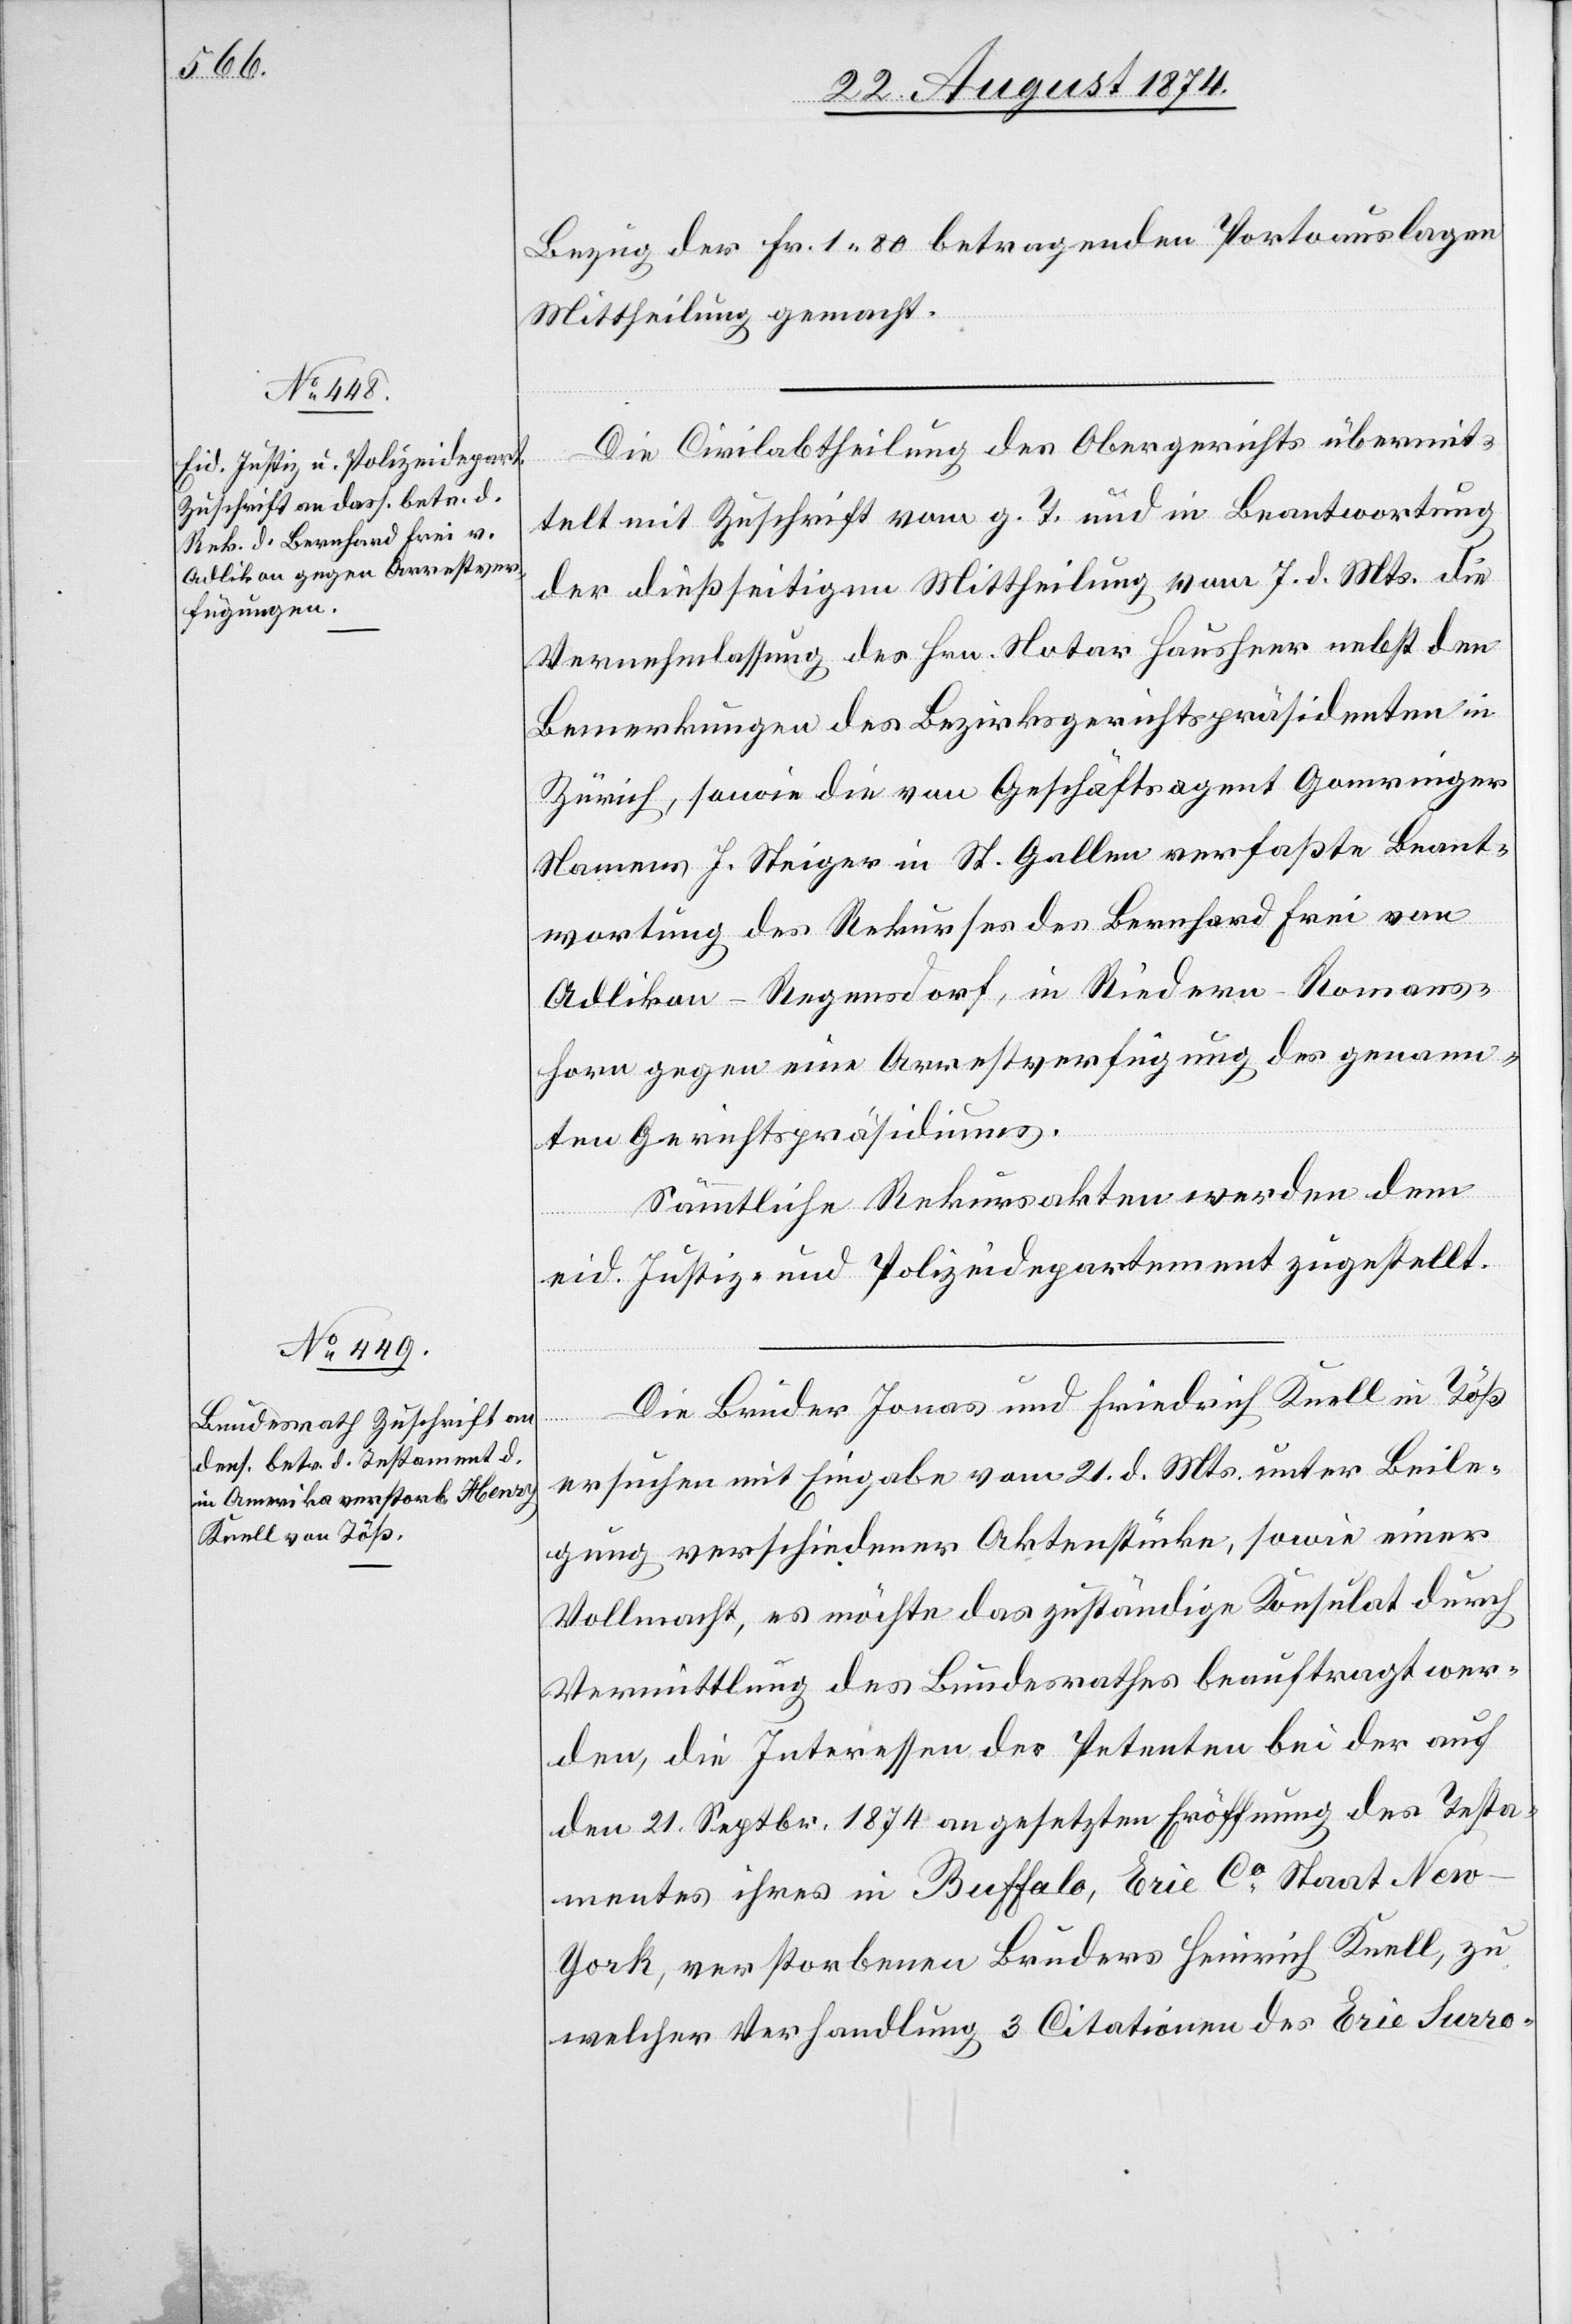
25. August 1874.]
Bezug der Fr. 1.80 betragenden Portoauslagen
Mittheilung gemacht.
Die Civilabtheilung des Obergerichts übermit¬
telt mit Zuschrift vom g. T. und in Beantwortung
der dießseitigen Mittheilung vom 7. d. Mts. die
Vernehmlassung des Hrn. Notar Hausheer nebst den
Bemerkungen des Bezirksgerichtspräsidenten in
Zürich, sowie die von Geschäftsagent Gomringer
Namens J. Steiger in St. Gallen verfaßte Beant¬
wortung des Rekurses des Bernhard Frei von
Adlikon - Regensdorf, in Riedern - Romans¬
horn gegen eine Arrestverfügung des genann¬
ten Gerichtspräsidiums.
Sämmtliche Rekursakten werden dem
eid. Justiz- und Polizeidepartement zugestellt.
Die Brüder Jonas und Friedrich Knell in Töß
ersuchen mit Eingabe vom 21. d. Mts. unter Beile¬
gung verschiedener Aktenstücke, sowie einer
Vollmacht, es möchte das zuständige Konsulat durch
Vermittlung des Bundesrathes beauftragt wer¬
den, die Interessen des Petenten bei der auf
den 21. Septbr. 1874 angesetzten Eröffnung des Testa¬
mentes ihres in Buffalo, Erie Co Staat Ne¬
w-York, verstorbenen Bruders Heinrich [sic!] Knell, zu
welcher Verhandlung 3 Citationen des Erie Surro-